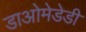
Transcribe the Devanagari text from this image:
डाओमेडेडी